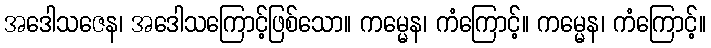
အဒေါသဇေန၊ အဒေါသကြောင့်ဖြစ်သော။ ကမ္မေန၊ ကံကြောင့်။ ကမ္မေန၊ ကံကြောင့်။